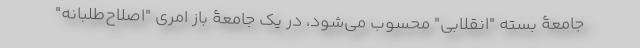
جامعۀ بسته "انقلابی" محسوب می‌شود، در یک جامعۀ باز امری "اصلاح‌طلبانه"